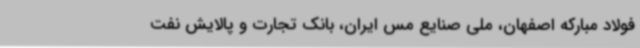
فولاد مبارکه اصفهان، ملی صنایع مس ایران، بانک تجارت و پالایش نفت